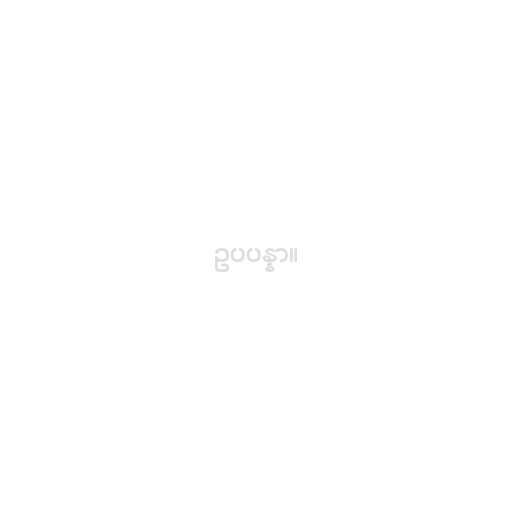
ဥပပန္နာ။